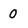
Character: o